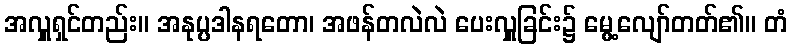
အလှူရှင်တည်း။ အနုပ္ပဒါနရတော၊ အဖန်တလဲလဲ ပေးလှူခြင်း၌ မွေ့လျော်တတ်၏။ တံ